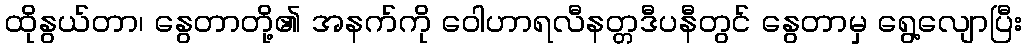
ထိုနွယ်တာ၊ နွေတာတို့၏ အနက်ကို ဝေါဟာရလီနတ္တဒီပနီတွင် နွေတာမှ ရွေ့လျောပြီး